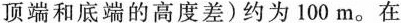
顶端和底端的高度差)约为100m。在